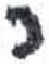
אות: כ